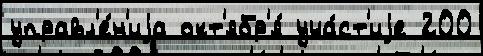
управл'е́н'иjа окт'ябр'я́ уча́ст'иjе 200